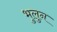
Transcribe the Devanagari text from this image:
भुलुन